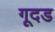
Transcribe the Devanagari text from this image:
गूदड